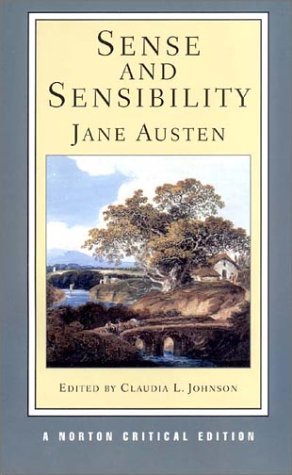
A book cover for Sense and Sensibility (Norton Critical Editions); Jane Austen; Literature & Fiction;